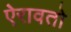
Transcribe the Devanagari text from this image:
ऐरावतो